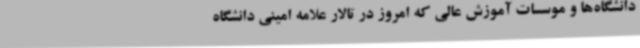
دانشگاه‌ها و موسسات آموزش عالی که امروز در تالار علامه امینی دانشگاه